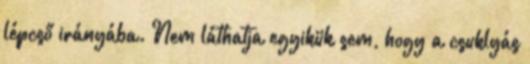
lépcső irányába. Nem láthatja egyikük sem, hogy a csuklyás